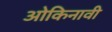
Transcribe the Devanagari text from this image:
ओकिनावी